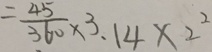
= \frac { 4 5 } { 3 6 0 } \times 3 . 1 4 \times 2 ^ { 2 }